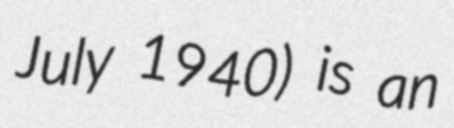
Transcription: July 1940) is an